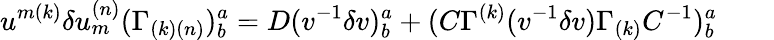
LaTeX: u^{{m(k)}}\delta u_{{m}}^{{(n)}}(\Gamma_{{(k)(n)}})_{{b}}^{{a}}=D(v^{-{1}}\delta v)_{{b}}^{{a}}+(C\Gamma^{{(k)}}(v^{-{1}}\delta v)\Gamma_{{(k)}}C^{-{1}})_{{b}}^{{a}}\qquad